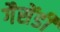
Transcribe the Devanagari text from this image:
गैसेंडी